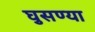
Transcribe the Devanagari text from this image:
घुसण्या